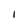
Character: l